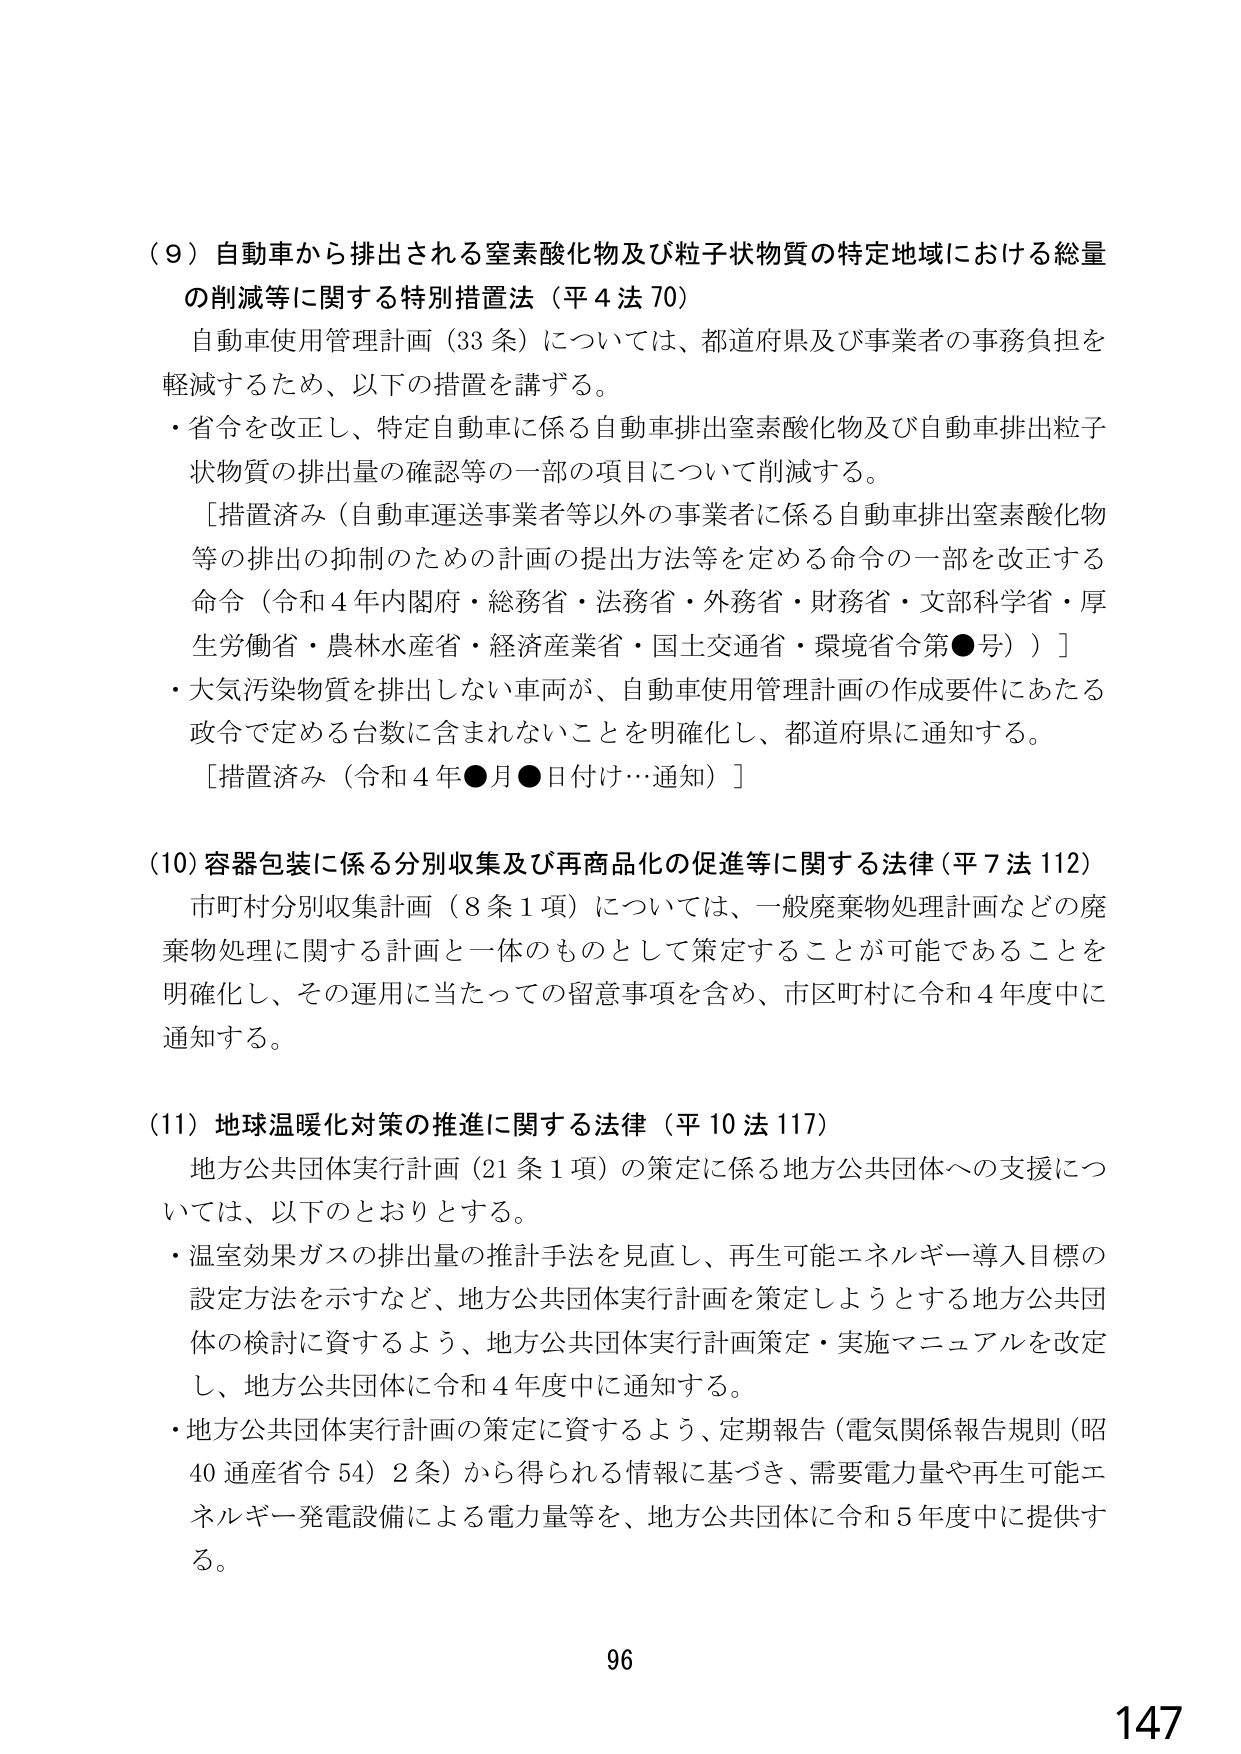
（９）自動車から排出される窒素酸化物及び粒子状物質の特定地域における総量の削減等に関する特別措置法（平４法７０）
自動車使用管理計画（33条）については、都道府県及び事業者の事務負担を軽減するため、以下の措置を講ずる。
・省令を改正し、特定自動車に係る自動車排出窒素酸化物及び自動車排出粒子状物質の排出量の確認等の一部の項目について削減する。
　［措置済み（自動車運送事業者等以外の事業者に係る自動車排出窒素酸化物等の排出の抑制のための計画の提出方法等を定める命令の一部を改正する命令（令和４年内閣府・総務省・法務省・外務省・財務省・文部科学省・厚生労働省・農林水産省・経済産業省・国土交通省・環境省令第●号））］
・大気汚染物質を排出しない車両が、自動車使用管理計画の作成要件にあたる政令で定める台数に含まれないことを明確化し、都道府県に通知する。
　［措置済み（令和４年●月●日付け…通知）］

（10）容器包装に係る分別収集及び再商品化の促進等に関する法律（平７法112）
市町村分別収集計画（8条1項）については、一般廃棄物処理計画などの廃棄物処理に関する計画と一体のものとして策定することが可能であることを明確化し、その運用に当たっての留意事項を含め、市区町村に令和４年度中に通知する。

（11）地球温暖化対策の推進に関する法律（平10法117）
地方公共団体実行計画（21条1項）の策定に係る地方公共団体への支援については、以下のとおりとする。
・温室効果ガスの排出量の推計手法を見直し、再生可能エネルギー導入目標の設定方法を示すなど、地方公共団体実行計画を策定しようとする地方公共団体の検討に資するよう、地方公共団体実行計画策定・実施マニュアルを改定し、地方公共団体に令和４年度中に通知する。
・地方公共団体実行計画の策定に資するよう、定期報告（電気関係報告規則（昭40通産省令54）2条）から得られる情報に基づき、需要電力量や再生可能エネルギー発電設備による電力量等を、地方公共団体に令和５年度中に提供する。

96
147